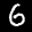
Label: 6